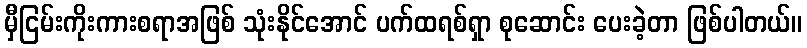
မှီငြမ်းကိုးကားစရာအဖြစ် သုံးနိုင်အောင် ပက်ထရစ်ရှာ စုဆောင်း ပေးခဲ့တာ ဖြစ်ပါတယ်။